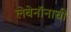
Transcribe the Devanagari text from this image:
लेबेनॉनाची